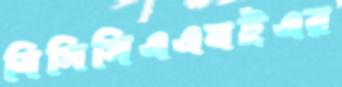
বিসিসিএএমইএর